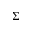
\Sigma